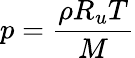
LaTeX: p={\frac{\rho R_{u}T}{M}}